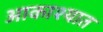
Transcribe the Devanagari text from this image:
आकाश्यात